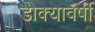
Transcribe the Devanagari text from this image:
डोक्यावर्षी